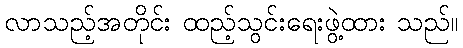
လာသည့်အတိုင်း ထည့်သွင်းရေးဖွဲ့ထား သည်။